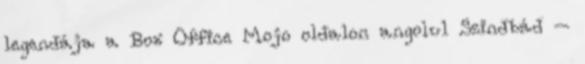
legendája a Box Office Mojo oldalon angolul Szindbád –